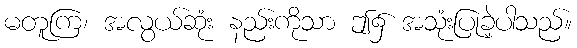
မတူကြ၊ အလွယ်ဆုံး နည်းကိုသာ ဤ၌ အသုံးပြုခဲ့ပါသည်။